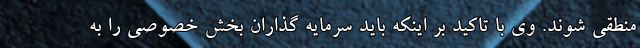
منطقی شوند. وی با تاکید بر اینکه باید سرمایه گذاران بخش خصوصی را به